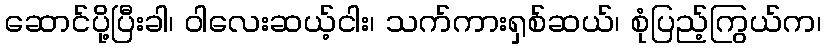
ဆောင်ပို့ပြီးခါ၊ ဝါလေးဆယ့်ငါး၊ သက်ကားရှစ်ဆယ်၊ စုံပြည့်ကြွယ်က၊